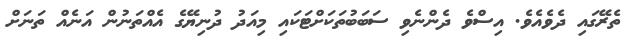
ތެރޭގައި ދެވެއެވެ. އިސްވެ ދެންނެވި ސަބަބުތަކަށްޓަކައި މިއަދު ދުނިޔޭގެ އެއްތަނުން އަނެއް ތަނަށް